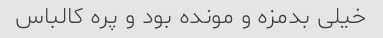
خیلی بدمزه و مونده بود و پره کالباس